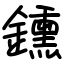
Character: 鑂